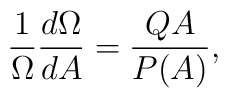
\frac{1}{\Omega} \frac{d\Omega}{dA}=\frac{QA}{P(A)} ,